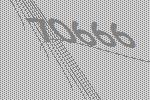
70666